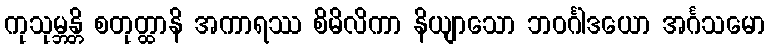
ကုသုမ္ဘန္တိ စတုတ္ထာနိ အကာရဿ စိမိလိကာ နိယျာသော ဘဝင်္ဂါဒယော အင်္ဂသမော